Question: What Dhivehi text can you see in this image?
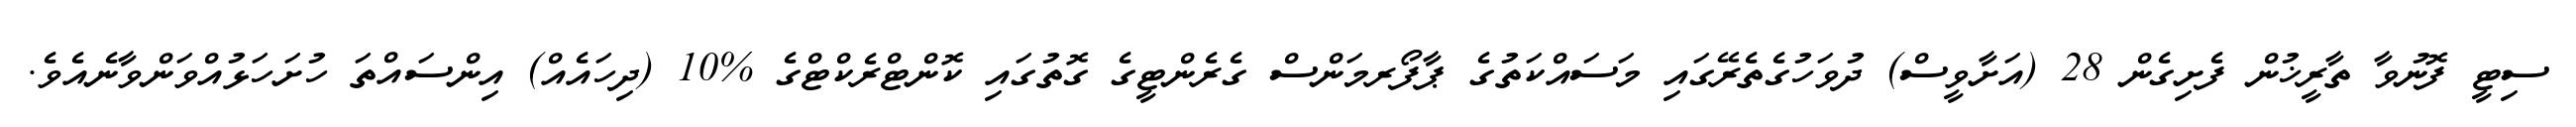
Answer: ސިޓީ ފޮނުވާ ތާރީޚުން ފެށިގެން 28 (އަށާވީސް) ދުވަހުގެތެރޭގައި މަސައްކަތުގެ ޕާފޯރމަންސް ގެރެންޓީގެ ގޮތުގައި ކޮންޓްރެކްޓްގެ %10 (ދިހައެއް) އިންސައްތަ ހުށަހަޅުއްވަންވާނެއެވެ.